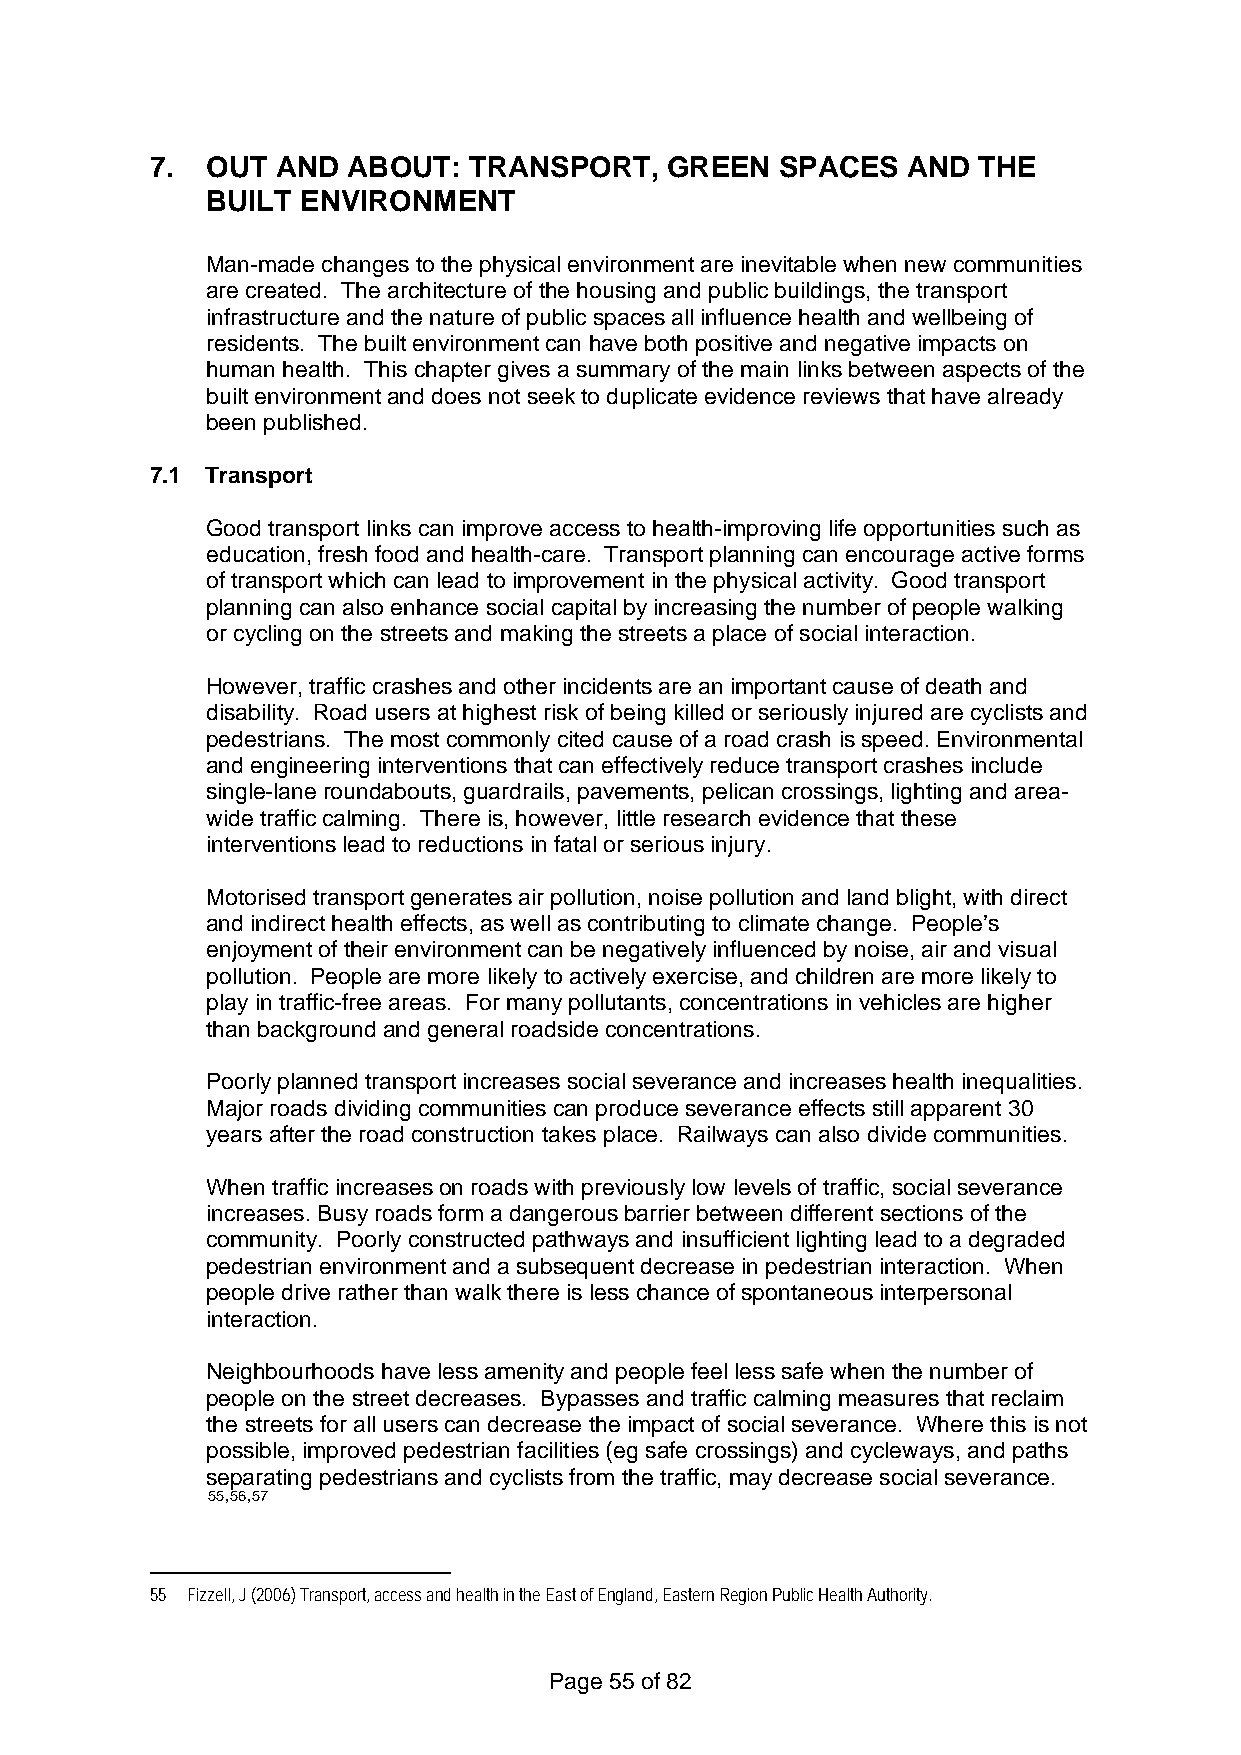
7.  OUT AND  ABOUT:  TRANSPORT,   GREEN   SPACES  AND  THE
 BUILT ENVIRONMENT
 Man-made changes to the physical environment are inevitable when new communities
 are created. The architecture of the housing and public buildings, the transport
 infrastructure and the nature of public spaces all influence health and wellbeing of
 residents. The built environment can have both positive and negative impacts on
 human health. This chapter gives a summary of the main links between aspects of the
 built environment and does not seek to duplicate evidence reviews that have already
 been published.
 7.1 Transport
 Good transport links can improve access to health-improving life opportunities such as
 education, fresh food and health-care. Transport planning can encourage active forms
 of transport which can lead to improvement in the physical activity. Good transport
 planning can also enhance social capital by increasing the number of people walking
 or cycling on the streets and making the streets a place of social interaction.
 However, traffic crashes and other incidents are an important cause of death and
 disability. Road users at highest risk of being killed or seriously injured are cyclists and
 pedestrians. The most commonly cited cause of a road crash is speed. Environmental
 and engineering interventions that can effectively reduce transport crashes include
 single-lane roundabouts, guardrails, pavements, pelican crossings, lighting and area-
 wide traffic calming. There is, however, little research evidence that these
 interventions lead to reductions in fatal or serious injury.
 Motorised transport generates air pollution, noise pollution and land blight, with direct
 and indirect health effects, as well as contributing to climate change. People’s
 enjoyment of their environment can be negatively influenced by noise, air and visual
 pollution. People are more likely to actively exercise, and children are more likely to
 play in traffic-free areas. For many pollutants, concentrations in vehicles are higher
 than background and general roadside concentrations.
 Poorly planned transport increases social severance and increases health inequalities.
 Major roads dividing communities can produce severance effects still apparent 30
 years after the road construction takes place. Railways can also divide communities.
 When traffic increases on roads with previously low levels of traffic, social severance
 increases. Busy roads form a dangerous barrier between different sections of the
 community. Poorly constructed pathways and insufficient lighting lead to a degraded
 pedestrian environment and a subsequent decrease in pedestrian interaction. When
 people drive rather than walk there is less chance of spontaneous interpersonal
 interaction.
 Neighbourhoods have less amenity and people feel less safe when the number of
 people on the street decreases. Bypasses and traffic calming measures that reclaim
 the streets for all users can decrease the impact of social severance. Where this is not
 possible, improved pedestrian facilities (eg safe crossings) and cycleways, and paths
 separating pedestrians and cyclists from the traffic, may decrease social severance.
 55,56,57
 55 Fizzell, J (2006) Transport, access and health in the East of England, Eastern Region Public Health Authority.
 Page 55 of 82